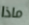
ماذا